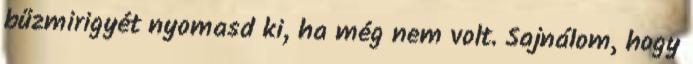
bűzmirigyét nyomasd ki, ha még nem volt. Sajnálom, hogy